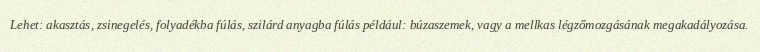
Lehet: akasztás, zsinegelés, folyadékba fúlás, szilárd anyagba fúlás például: búzaszemek, vagy a mellkas légzőmozgásának megakadályozása.